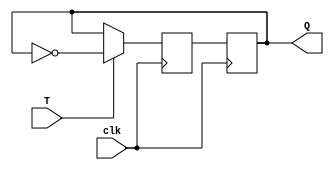
module T_flip_flop (
    input wire T,
    input wire clk,
    output reg Q
);

reg D;

always @(posedge clk) begin
    if (T) begin
        D <= ~Q;
    end else begin
        D <= Q;
    end
end

always @(posedge clk) begin
    Q <= D;
end

endmodule